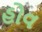
હોવ